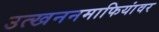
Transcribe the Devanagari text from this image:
उत्खननमाफियांवर